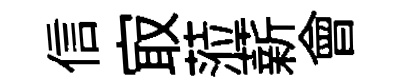
信㝡蒞薪會